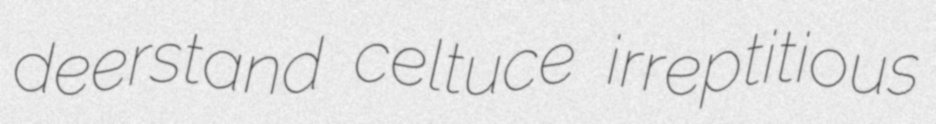
deerstand celtuce irreptitious